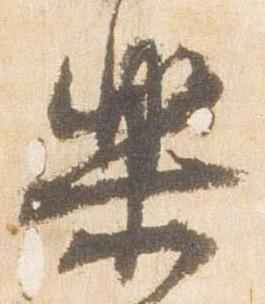
楽